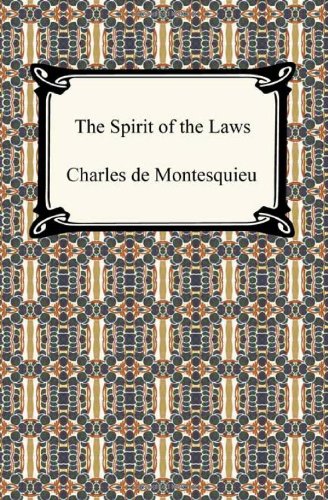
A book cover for The Spirit of the Laws; Charles De Secondat Montesquieu; Law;